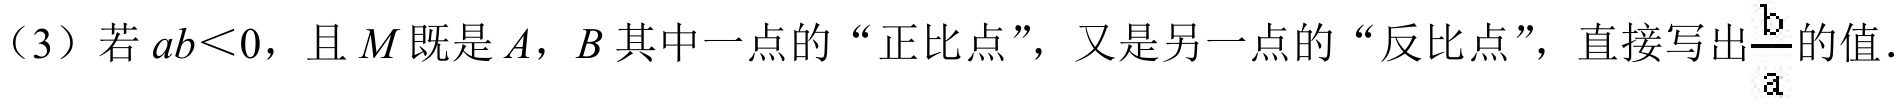
（3）若\(ab<0\)，且\(M\)既是\(A\)，\(B\)其中一点的“正比点”，又是另一点的“反比点”，直接写出\(\frac{b}{a}\)的值.